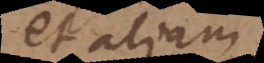
et aliam